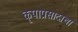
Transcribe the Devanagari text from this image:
कृपाप्रसादाचा